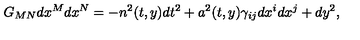
G _ { M N } d x ^ { M } d x ^ { N } = - n ^ { 2 } ( t , y ) d t ^ { 2 } + a ^ { 2 } ( t , y ) \gamma _ { i j } d x ^ { i } d x ^ { j } + d y ^ { 2 } ,